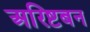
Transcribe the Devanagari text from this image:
अरिष्टबन